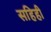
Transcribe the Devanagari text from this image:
सहिही